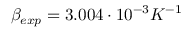
\beta _ { e x p } = 3 . 0 0 4 \cdot 1 0 ^ { - 3 } K ^ { - 1 }